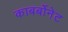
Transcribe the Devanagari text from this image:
काबर्बोनेट